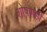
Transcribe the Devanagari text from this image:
शोषणही